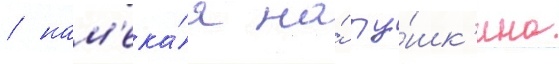
/ нам'ека́я на́ пу́шк'ина